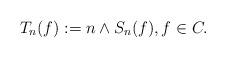
LaTeX: \begin{align*} T_n (f) := n \wedge S_n(f), f \in C .\end{align*}